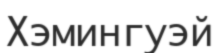
Хэмингуэй